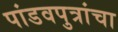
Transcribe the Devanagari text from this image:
पांडवपुत्रांचा